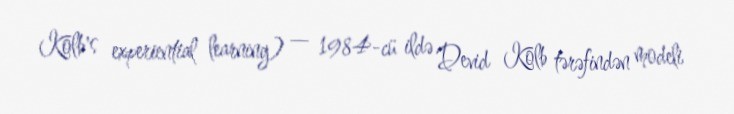
Kolb's experiential learning) — 1984-cü ildə Devid Kolb tərəfindən modeli